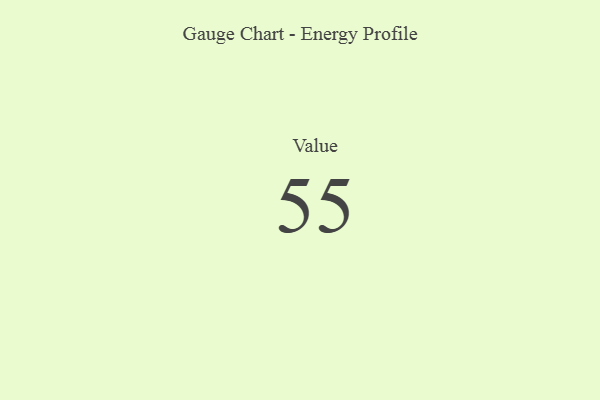
{"axis": {"x": "Metric", "y": "Value"}, "legend": [""], "data": [{"x": "Value", "y": 55, "type": ""}]}